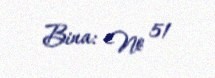
Bina: № 51